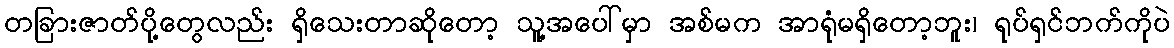
တခြားဇာတ်ပို့တွေလည်း ရှိသေးတာဆိုတော့ သူ့အပေါ်မှာ အစ်မက အာရုံမရှိတော့ဘူး၊ ရုပ်ရှင်ဘက်ကိုပဲ